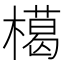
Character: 𱤟